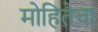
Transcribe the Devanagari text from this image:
मोहितेचा